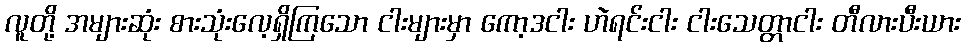
လူတို့ အများဆုံး စားသုံးလေ့ရှိကြသော ငါးများမှာ ကော့ဒငါး ဟဲရင်းငါး ငါးသေတ္တာငါး တီလားပီးယား